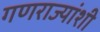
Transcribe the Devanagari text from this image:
गणराज्यांशी